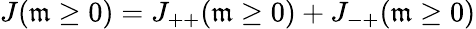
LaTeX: J(\mathfrak{m}\ge0)=J_{++}(\mathfrak{m}\ge0)+J_{-+}(\mathfrak{m}\ge0)